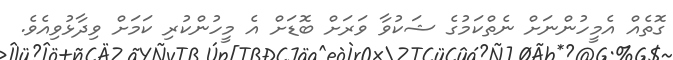
ގޮތެއް އެމީހުންނަށް ނެތްކަމުގެ ޝަކުވާ ވަރަށް ބޮޑަށް އެ މީހުންކުރި ކަމަށް ވިދާޅުވިއެވެ.